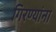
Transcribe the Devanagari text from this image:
गिरण्यांना